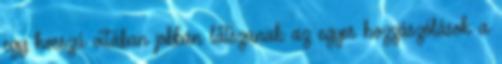
egy hosszú vitában jobban látszanak az egyes hozzászólások a